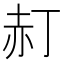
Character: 𧹙